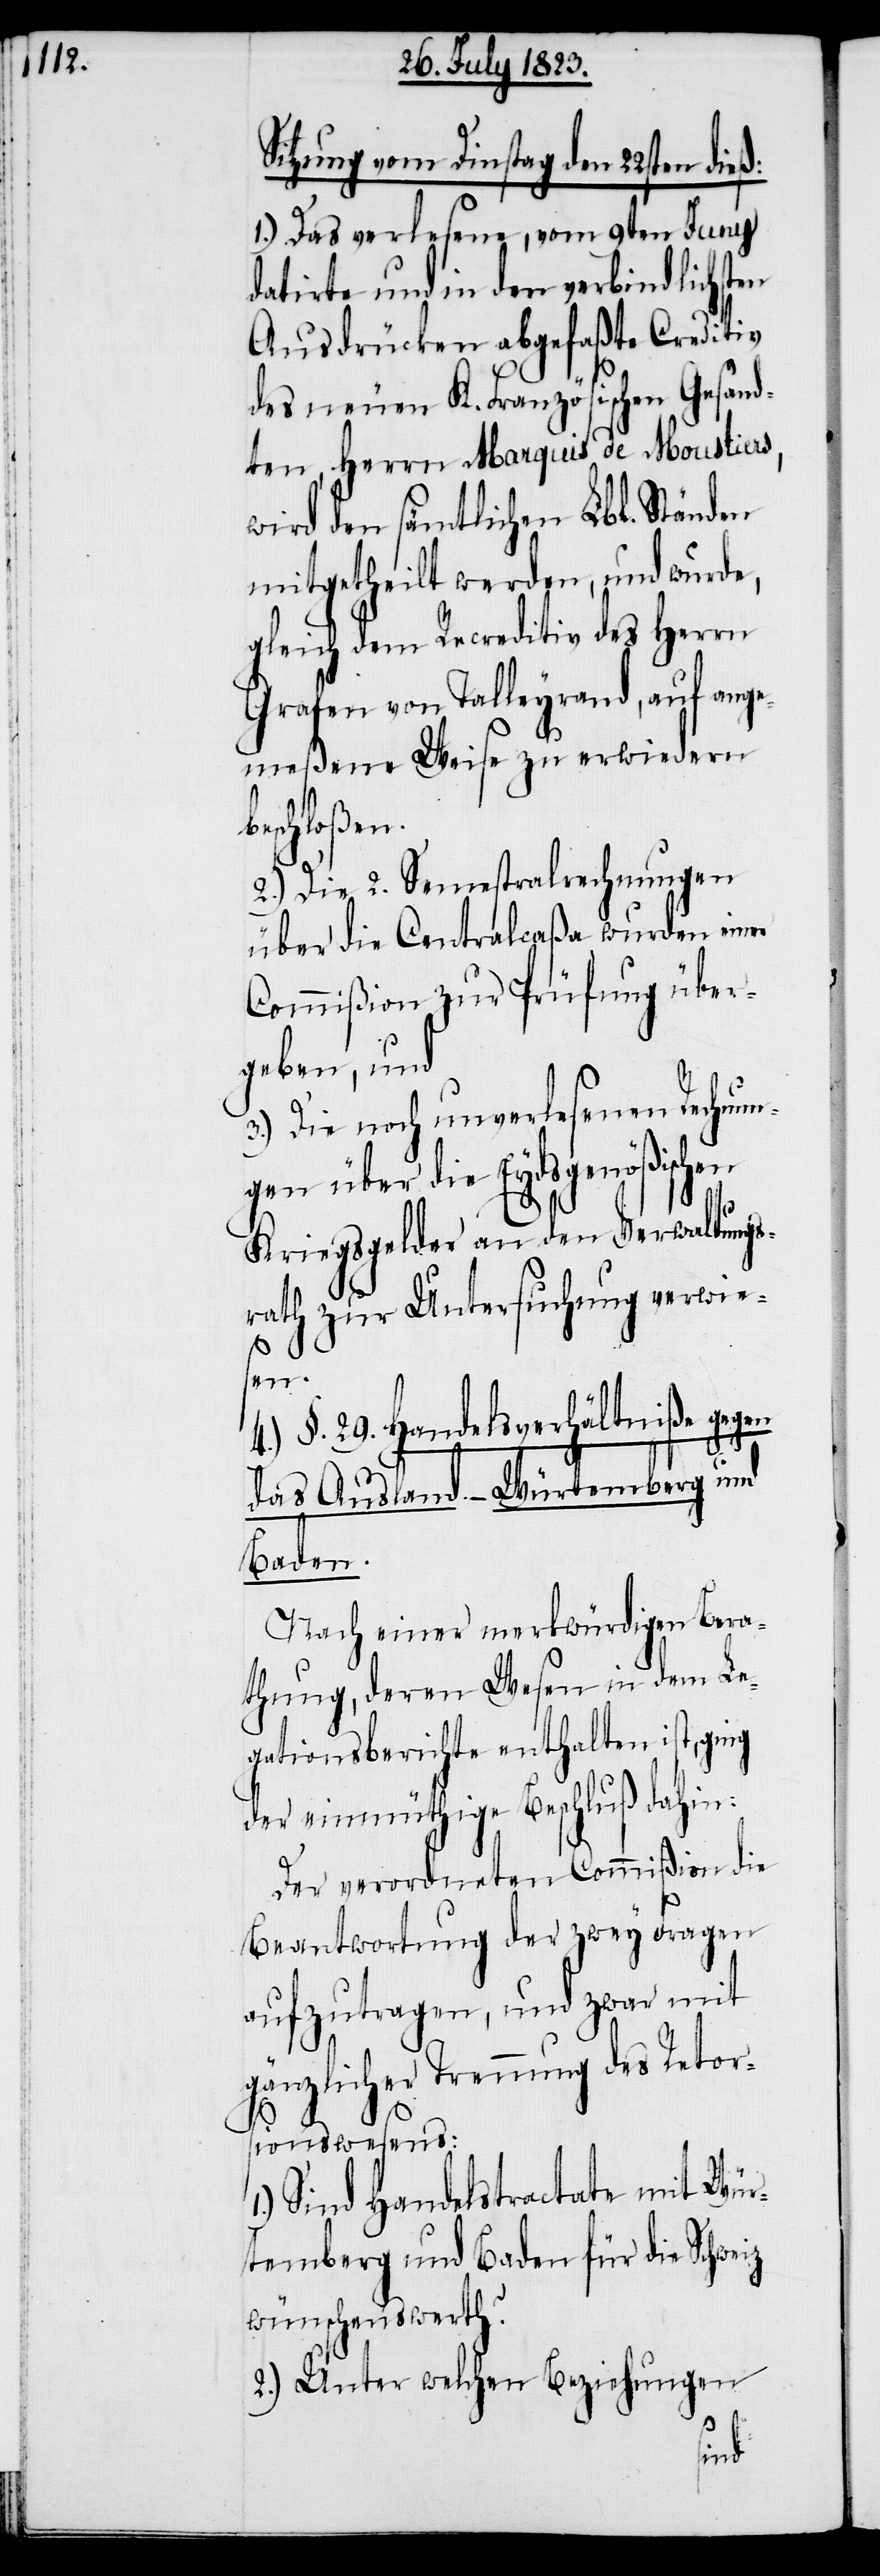
Sitzung vom Dinstag den 22sten
1.) Das verlesene, vom 9ten Juny
datirte und in den verbindlichsten
Ausdrücken abgefaßte Creditiv
des neuen K. Französischen Gesand¬
ten Herrn Marquis de Moustiers,
wird den sämtlichen Lbl. Ständen
mitgetheilt werden, und wurde,
gleich dem Recreditiv des Herrn
Grafen von Talleyrand, auf ange¬
meßene Weise zu erwiedern
beschloßen.
2.) Die 2. Semestralrechnungen
über die Centralcaßa wurden einer
Commißion zur Prüfung über¬
geben, und
3.) Die noch unverlesenen Rechnun¬
gen über die Eydsgenößischen
Kriegsgelder an den Verwaltungs¬
rath zur Untersuchung verwie¬
sen.
4.) §. 29. Handelsverhältniße gegen
1.)
das Ausland. – Würtemberg und
Baden.
Nach einer merkwürdigen Bera¬
thung, deren Wesen in dem Le¬
gationsberichte enthalten ist, ging
der einmüthige Beschluß dahin:
Der verordneten Commißion die
Beantwortung der zwey Fragen
aufzutragen, und zwar mit
gänzlicher Trennung des Retor¬
sionswesens:
Sind Handelstractate mit Wür¬
temberg und Baden für die Schweiz
wünschenswerth?
2.) Unter welchen Beziehungen